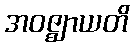
အဝဇ္ဈာယတိ